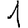
Digit: 1